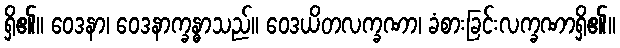
ရှိ၏။ ဝေဒနာ၊ ဝေဒနာက္ခန္ဓာသည်။ ဝေဒယိတလက္ခဏာ၊ ခံစားခြင်းလက္ခဏာရှိ၏။